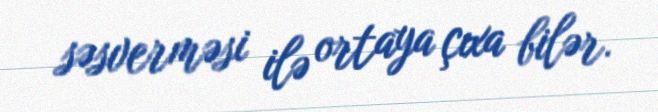
səsverməsi ilə ortaya çıxa bilər.